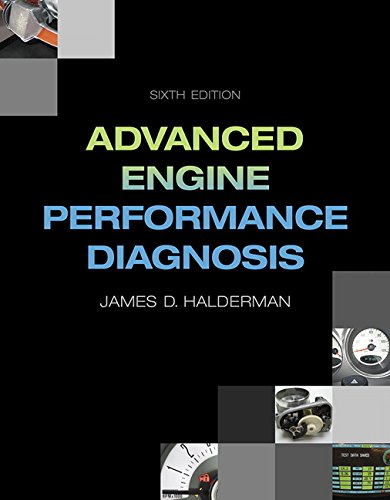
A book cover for Advanced Engine Performance Diagnosis (6th Edition) (Automotive Systems Books); James D. Halderman; Engineering & Transportation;